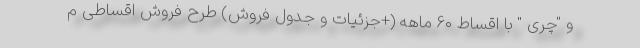
و "چری " با اقساط 60 ماهه (+جزئیات و جدول فروش) طرح فروش اقساطی م